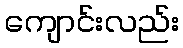
ကျောင်းလည်း